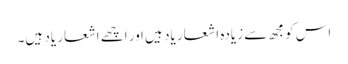
اس کو مجھ سے زیادہ اشعار یاد ہیں ا ور اچھے اشعار یاد ہیں۔